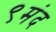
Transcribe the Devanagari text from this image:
९मंद